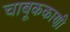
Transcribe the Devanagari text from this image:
चाबूककाणी